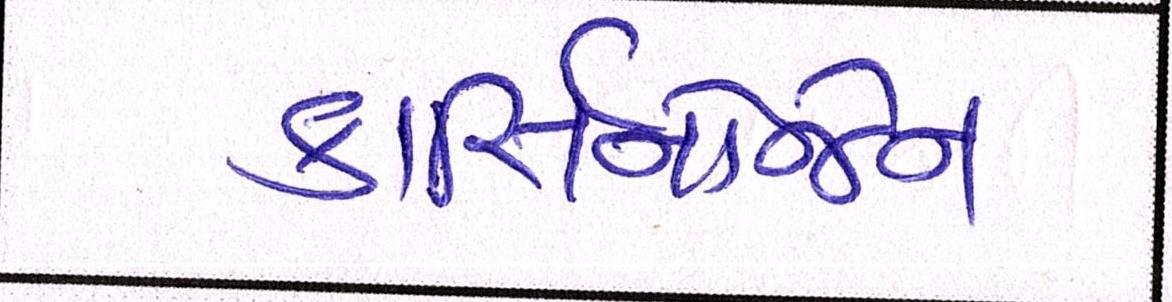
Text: કાર્સિનોજેન